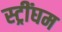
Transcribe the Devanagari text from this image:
स्ट्रींघम